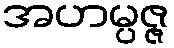
အဟမ္ပဇ္ဇ